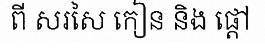
ពី សរសៃ កៀន និង ផ្តៅ